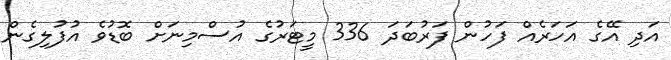
އަދި އޭގެ އަހަރެއް ފަހުން ފަރުބަދަ 336 މީޓަރުގެ އުސްމިނަށް ބޮޑުވެ އުފުލިގެން